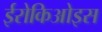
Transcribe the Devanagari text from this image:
ईरोकिओइस